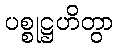
ပစ္စုဋ္ဌဟိတွာ